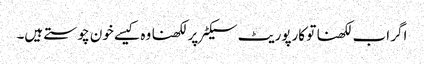
اگر اب لکھنا تو کارپوریٹ سیکٹر پر لکھنا وہ کیسے خون چوستے ہیں۔